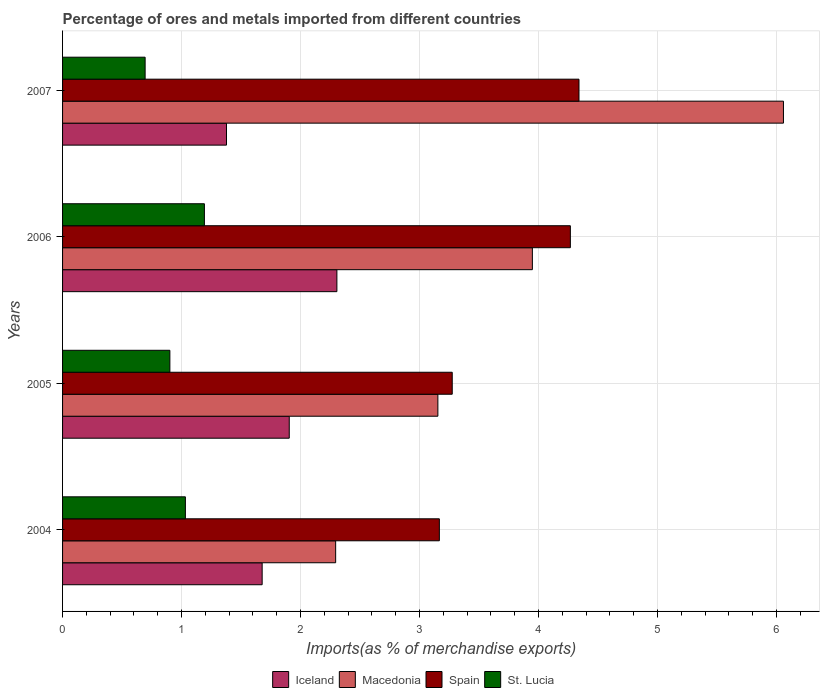
| Years | Iceland | Macedonia | Spain | St. Lucia |
 | --- | --- | --- | --- | --- |
 | 2004 | 1.68 | 2.3 | 3.17 | 1.03 |
 | 2005 | 1.91 | 3.15 | 3.28 | 0.902 |
 | 2006 | 2.31 | 3.95 | 4.27 | 1.19 |
 | 2007 | 1.38 | 6.06 | 4.34 | 0.694 |